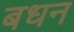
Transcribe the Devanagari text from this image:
बधन